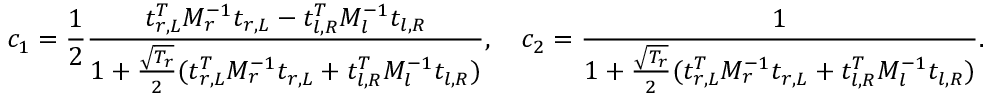
c _ { 1 } = \frac { 1 } { 2 } \frac { t _ { r , L } ^ { T } M _ { r } ^ { - 1 } t _ { r , L } - t _ { l , R } ^ { T } M _ { l } ^ { - 1 } t _ { l , R } } { 1 + \frac { \sqrt { T _ { r } } } { 2 } ( t _ { r , L } ^ { T } M _ { r } ^ { - 1 } t _ { r , L } + t _ { l , R } ^ { T } M _ { l } ^ { - 1 } t _ { l , R } ) } , \quad c _ { 2 } = \frac { 1 } { 1 + \frac { \sqrt { T _ { r } } } { 2 } ( t _ { r , L } ^ { T } M _ { r } ^ { - 1 } t _ { r , L } + t _ { l , R } ^ { T } M _ { l } ^ { - 1 } t _ { l , R } ) } .